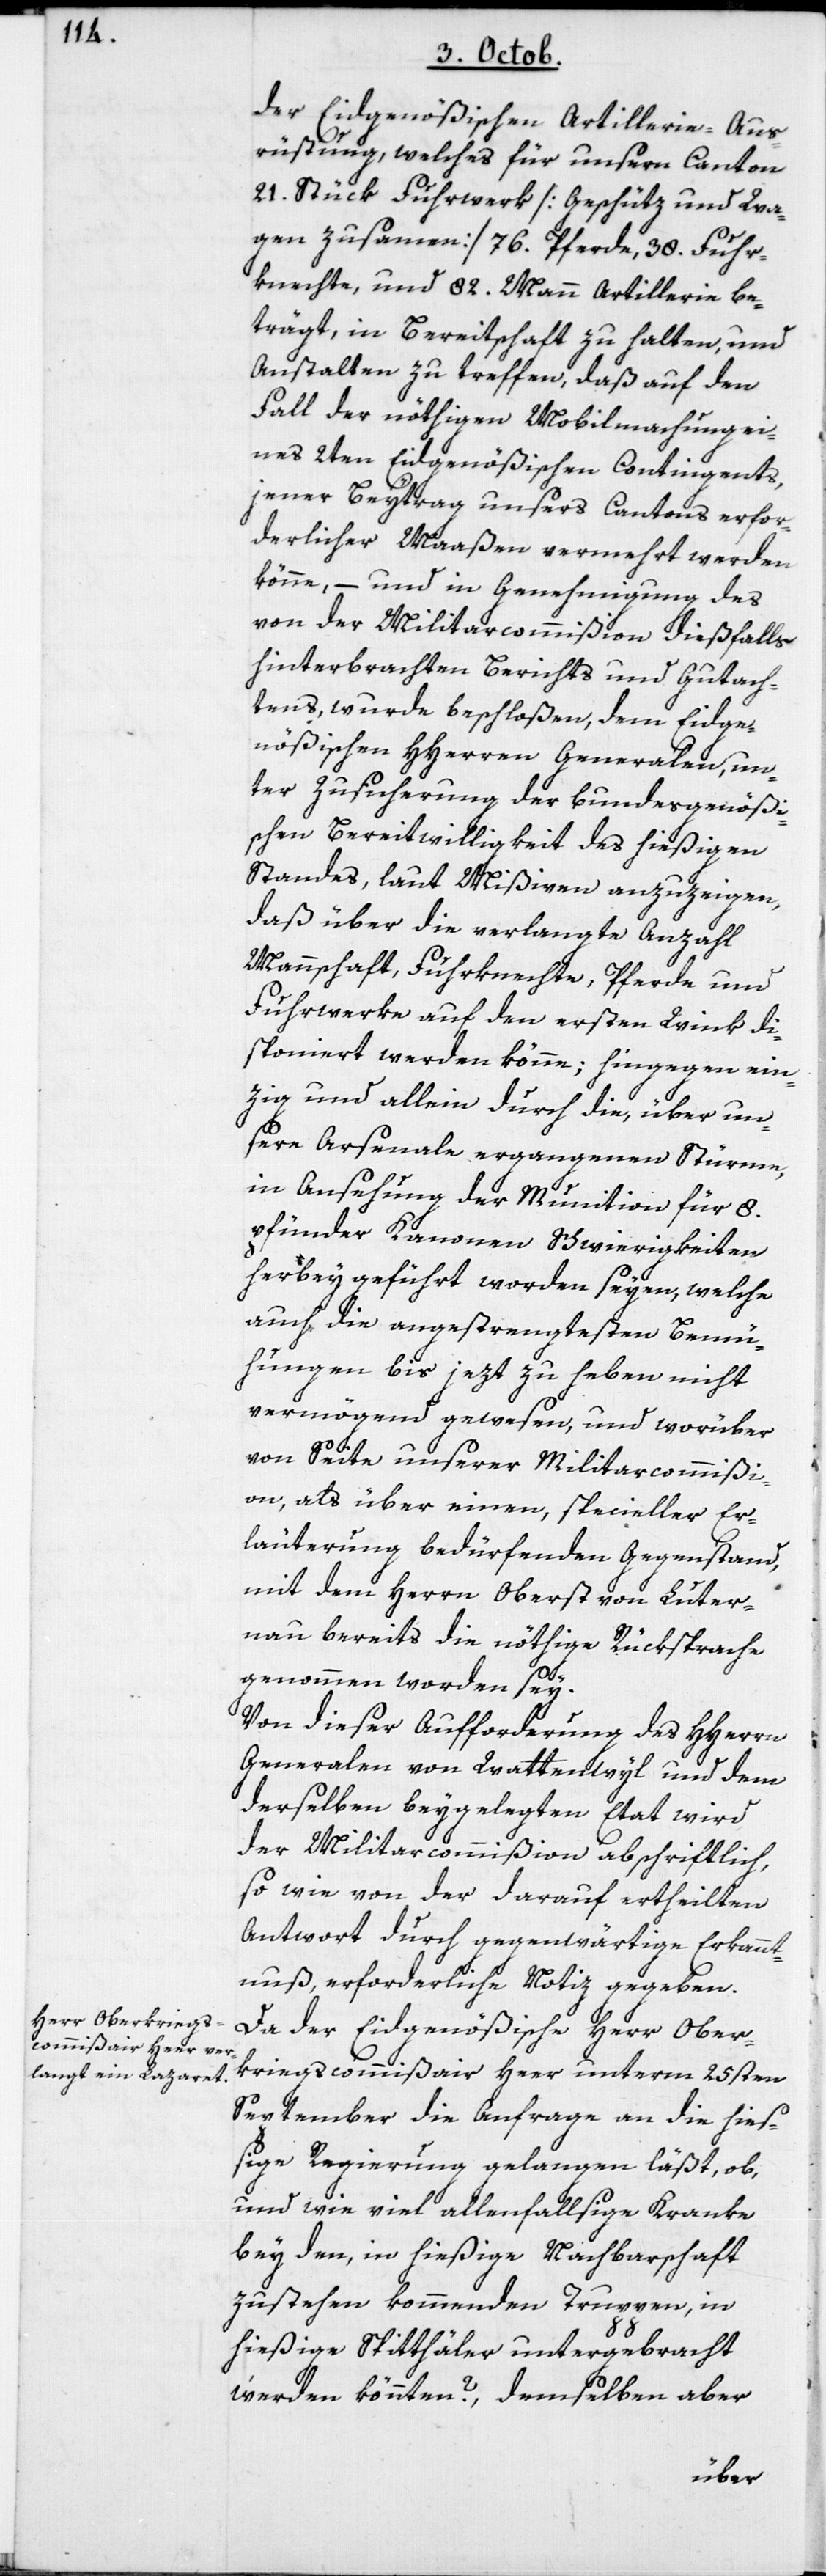
der Eidgenößischen Artillerie-Aus¬
rüstung, welches für unsern Canton
21. Stück Fuhrwerk [Geschütz und Wa¬
gen zusammen], 76. Pferde, 38. Fuhr¬
knechte und 82. Mann Artillerie be¬
trägt, in Bereitschaft zu halten, und
Anstalten zu treffen, daß auf den
Fall der nöthigen Mobilmachung ei¬
nes 2ten Eidgenößischen Contingents
jener Beytrag unsers Cantons erfor¬
derlicher Maaßen vermehrt werden
könne, – und in Genehmigung des
von der Militarcommißion dießfalls
hinterbrachten Berichts und Gutach¬
tens, wurde beschloßen, dem Eidge¬
nößischen HHerren Generalen, un¬
ter Zusicherung der bundesgenößi¬
schen Bereitwilligkeit des hießigen
Standes, laut Mißiven anzuzeigen,
daß über die verlangte Anzahl
Mannschaft, Fuhrknechte, Pferde und
Fuhwerke auf den ersten Wink di¬
sponiert werden könne; hingegen ein¬
zig und allein durch die, über un¬
sere Arsenale ergangenen Stürme,
in Ansehung der Munition für 8.
pfünder Kanonen Schwierigkeiten
herbey geführt worden seyen, welche
auch die angestrengtesten Bemü¬
hungen bis jezt zu haben nicht
vermögend gewesen, und worüber
von Seite unserer Militarcommißi¬
on, als über einen, specieller Er¬
läuterung bedürfenden Gegenstand,
mit dem Herren Oberst von Luter¬
nau bereits die nöthige Rücksprache
genohmen worden sey.
Von dieser Aufforderung des HHerren
Genralen von Wattenwyl und dem
derselben beygelegten Etat wird
der Militarcommißion abschriftlich,
sowie von der darauf ertheilten
Antwort durch gegenwärtige Erkant¬
nuß, erforderliche Notiz gegeben.
Da der Eidgenößische Herr Ober¬
kriegscommißair Heer unterm 25sten
September die Anfrage an die hieß¬
ige Regierung gelangen läßt, ob,
und wie viel allenfallsige Kranke
bey den, in hießige Nachbarschaft
zustehen kommenden Truppen, in
hießige Spitthäler untergebracht
werden könnten? demselben aber